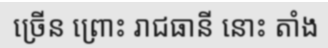
ច្រើន ព្រោះ រាជធានី នោះ តាំង